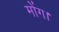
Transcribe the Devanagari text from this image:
मोंग।